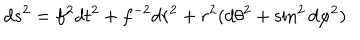
d s ^ { 2 } = f ^ { 2 } d t ^ { 2 } + f ^ { - 2 } d r ^ { 2 } + r ^ { 2 } ( d \theta ^ { 2 } + \sin ^ { 2 } d \varphi ^ { 2 } ) .